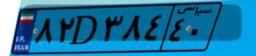
۳۶D۲۵۰۷۶